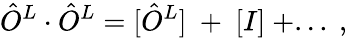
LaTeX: \hat{O}^{L}\cdot\hat{O}^{L}=[\hat{O}^{L}]~+~[I]~+...~,